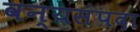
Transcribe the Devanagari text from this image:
वन्यसंपदा